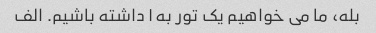
بله، ما می خواهیم یک تور به l داشته باشیم. الف